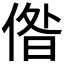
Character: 偺